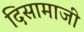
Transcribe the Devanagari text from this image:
दिसामाजी